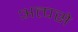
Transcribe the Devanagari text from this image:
अत्पसे